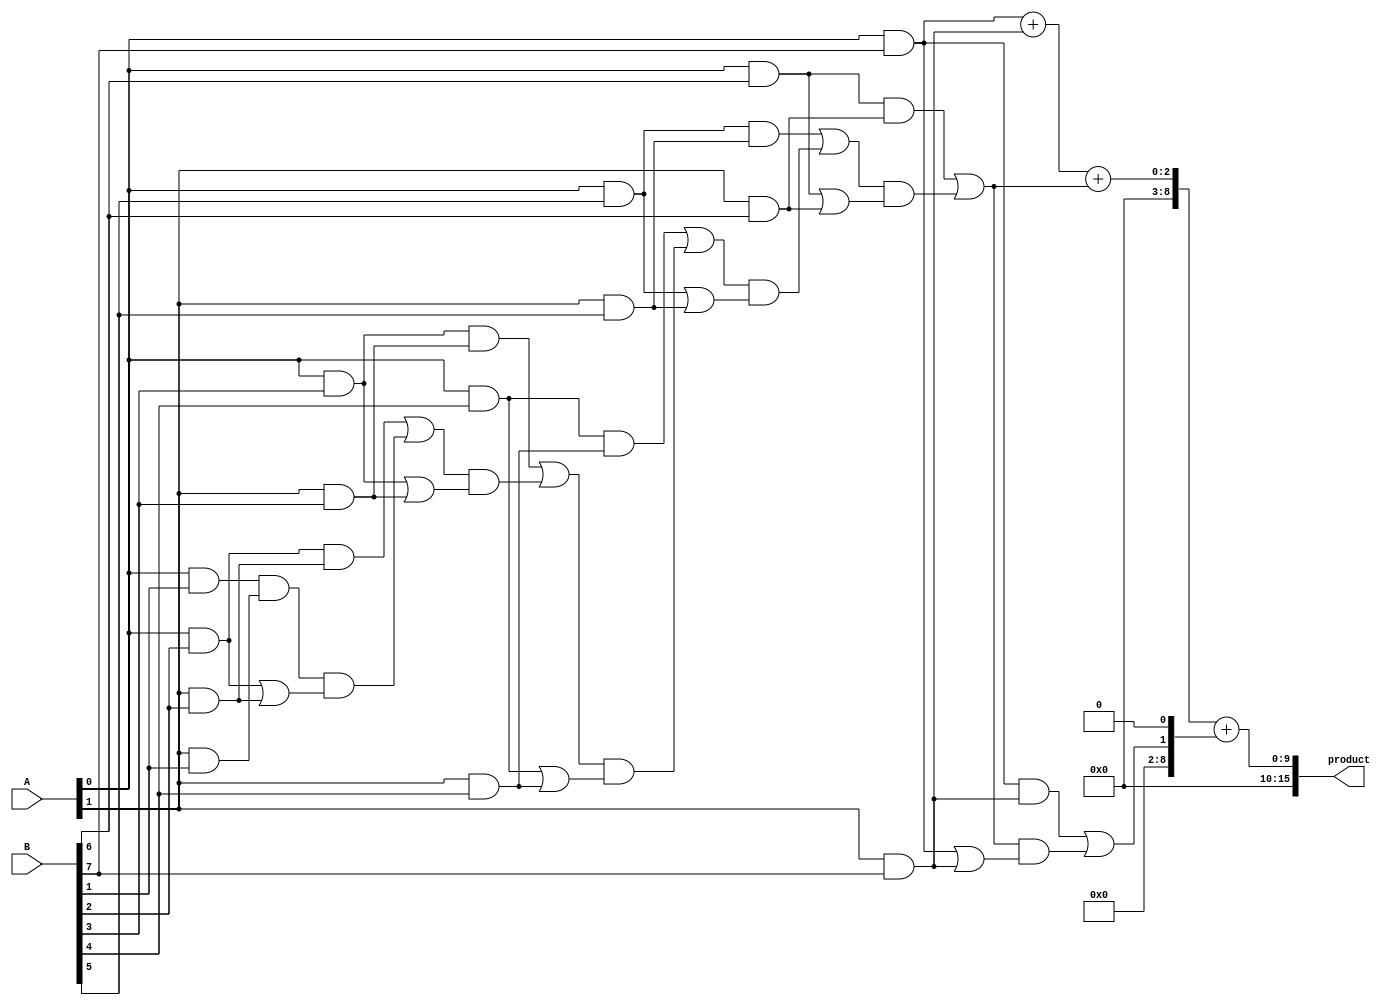
module low_power_wallace_tree_multiplier #(parameter N = 8) (
    input [N-1:0] A,
    input [N-1:0] B,
    output reg [2*N-1:0] product
);

// Partial product generation
wire [N-1:0] pp [N-1:0]; // Partial products
genvar i, j;
generate
    for (i = 0; i < N; i = i + 1) begin : gen_partial_products
        for (j = 0; j < N; j = j + 1) begin : gen_pp
            assign pp[i][j] = A[i] & B[j]; // AND operation to generate partial products
        end
    end
endgenerate

// Wallace Tree Reduction
wire [N:0] sum [N-1:0]; // Intermediate sums
wire [N-1:0] carry [N-1:0]; // Intermediate carries

// Initial stage: Combine the first two rows of partial products
generate
    for (i = 0; i < N; i = i + 1) begin : first_stage
        if (i == 0) begin
            assign sum[i] = {1'b0, pp[0][i]} + {1'b0, pp[1][i]};
            assign carry[i] = 1'b0;
        end else begin
            assign sum[i] = {1'b0, pp[0][i]} + {1'b0, pp[1][i]} + carry[i-1];
            assign carry[i] = (pp[0][i] & pp[1][i]) | (carry[i-1] & (pp[0][i] | pp[1][i]));
        end
    end
endgenerate

// Wallace tree reduction logic
// Further levels of reduction can be added here
// For simplicity, we will assume a maximum of 3 levels of reduction

// Final addition stage
wire [2*N-1:0] final_sum;
assign final_sum = sum[N-1] + {carry[N-1], 1'b0}; // Final addition of last sum and carry

// Output the final product
always @(*) begin
    product = final_sum;
end

endmodule